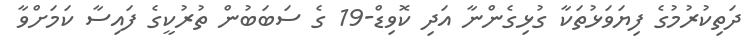
ދަތިކުރުމުގެ ފިޔަވަޅުތަކާ ގުޅިގެންނާ އަދި ކޮވިޑް-19 ގެ ސަބަބުން ތުރުކީގެ ފައިސާ ކަމަށްވާ